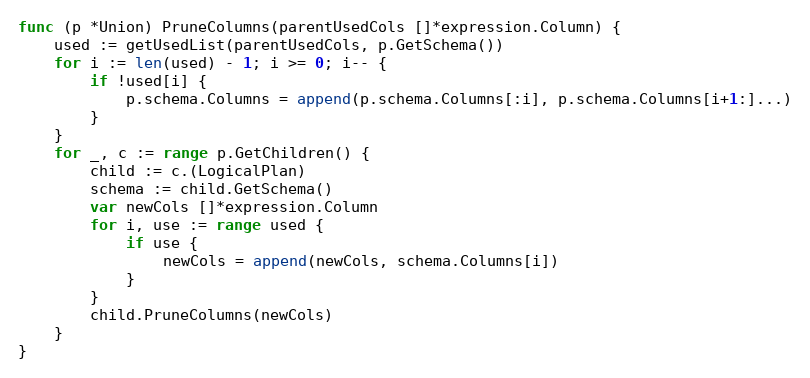
Language: Go
func (p *Union) PruneColumns(parentUsedCols []*expression.Column) {
	used := getUsedList(parentUsedCols, p.GetSchema())
	for i := len(used) - 1; i >= 0; i-- {
		if !used[i] {
			p.schema.Columns = append(p.schema.Columns[:i], p.schema.Columns[i+1:]...)
		}
	}
	for _, c := range p.GetChildren() {
		child := c.(LogicalPlan)
		schema := child.GetSchema()
		var newCols []*expression.Column
		for i, use := range used {
			if use {
				newCols = append(newCols, schema.Columns[i])
			}
		}
		child.PruneColumns(newCols)
	}
}